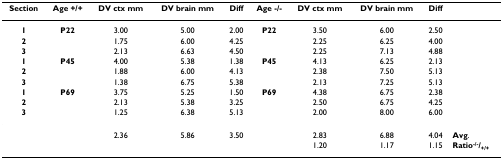
| Section | Age +/+ | DV ctx mm | DV brain mm | Diff | Age -/- | DV ctx mm | DV brain mm | Diff |  |
 | --- | --- | --- | --- | --- | --- | --- | --- | --- | --- |
 | 1 | P22 | 3.00 | 5.00 | 2.00 | P22 | 3.50 | 6.00 | 2.50 |  |
 | 2 |  | 1.75 | 6.00 | 4.25 |  | 2.25 | 6.25 | 4.00 |  |
 | 3 |  | 2.13 | 6.63 | 4.50 |  | 2.25 | 7.13 | 4.88 |  |
 | 1 | P45 | 4.00 | 5.38 | 1.38 | P45 | 4.13 | 6.25 | 2.13 |  |
 | 2 |  | 1.88 | 6.00 | 4.13 |  | 2.38 | 7.50 | 5.13 |  |
 | 3 |  | 1.38 | 6.75 | 5.38 |  | 2.13 | 7.25 | 5.13 |  |
 | 1 | P69 | 3.75 | 5.25 | 1.50 | P69 | 4.38 | 6.75 | 2.38 |  |
 | 2 |  | 2.13 | 5.38 | 3.25 |  | 2.50 | 6.75 | 4.25 |  |
 | 3 |  | 1.25 | 6.38 | 5.13 |  | 2.00 | 8.00 | 6.00 |  |
 |  |  | 2.36 | 5.86 | 3.50 |  | 2.83 | 6.88 | 4.04 | Avg. |
 |  |  |  |  |  |  | 1.20 | 1.17 | 1.15 | Ratio-/-/+/+ |